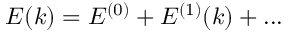
E ( k ) = E ^ { ( 0 ) } + E ^ { ( 1 ) } ( k ) + . . .